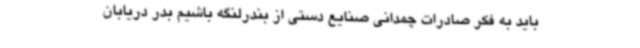
باید به فکر صادرات چمدانی صنایع دستی از بندرلنگه باشیم بدر دریابان